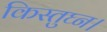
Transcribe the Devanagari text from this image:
किस्तुघ्न।